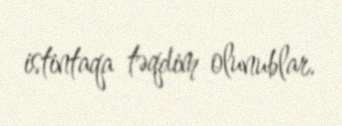
istintaqa təqdim olunublar.